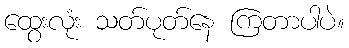
ထွေးလုံး သတ်ပုတ်နေ ကြတာပါပဲ။